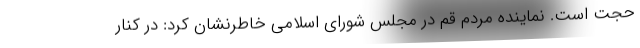
حجت است. نماینده مردم قم در مجلس شورای اسلامی خاطرنشان کرد: در کنار